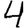
Digit: 4